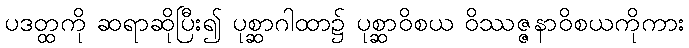
ပဒတ္ထကို ဆရာဆိုပြီး၍ ပုစ္ဆာဂါထာ၌ ပုစ္ဆာဝိစယ ဝိဿဇ္ဇနာဝိစယကိုကား